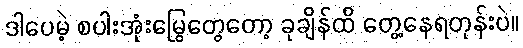
ဒါပေမဲ့ စပါးအုံးမြွေတွေတော့ ခုချိန်ထိ တွေ့နေရတုန်းပဲ။